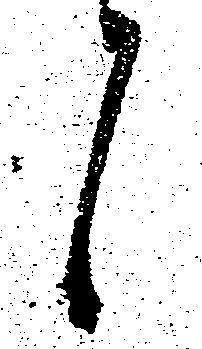
候